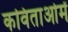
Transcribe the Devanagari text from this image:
कविताओमें